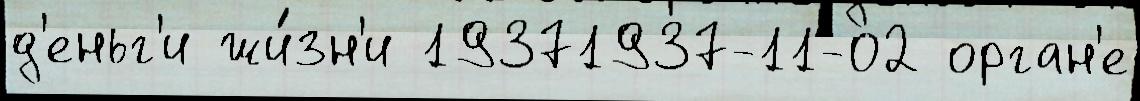
д'еньг'и жи́зн'и 19371937-11-02 орган'е